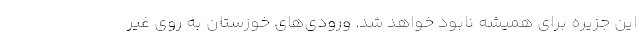
این جزیره برای همیشه نابود خواهد شد. ورودی‌های خوزستان به روی غیر